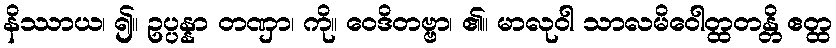
နိဿာယ၊ ၍။ ဥပ္ပန္နာ တဏှာ၊ ကို။ ဝေဒိတဗ္ဗာ၊ ၏။ မာလုဝါ သာလမိဝေါတ္ထတန္တိ ဧတ္ထ